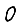
Digit: 0